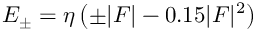
\begin{array} { r } { E _ { \pm } = \eta \left( \pm | { \cal F } | - 0 . 1 5 | { \cal F } | ^ { 2 } \right) } \end{array}